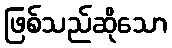
ဖြစ်သည်ဆိုသော